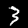
Label: 3